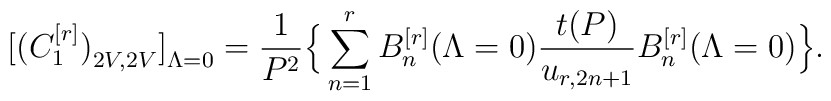
\big[\big(C_1^{[r]}\big)_{2V,2V}\big]_{\Lambda=0}=\frac{1}{P^2}\Big\{\sum_{n=1}^rB_n^{[r]}(\Lambda=0)\frac{t(P)}{u_{r,2n+1}}B_n^{[r]}(\Lambda=0)\Big\}.